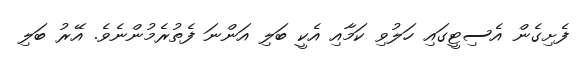
ފެށިގެން އެސިޓީގައި ހަލުވި ކަމާއި އެކީ ބަލި އަންނަ ފެތުރެމުންނެވެ. އޭރު ބަލި